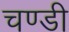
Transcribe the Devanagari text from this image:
चण्‍डी